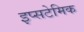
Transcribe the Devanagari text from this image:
इप्सटेमिक